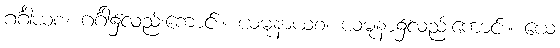
ဂင်္ဂါယစ၊ ဂင်္ဂါ၌လည်းကောင်း။ ယမုနာယစ၊ ယမုနာ၌လည်းကောင်း။ ယေ